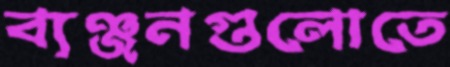
ব্যঞ্জনগুলোতে